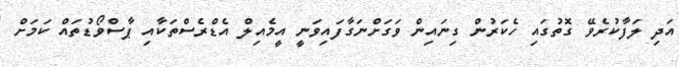
އަދި ލަފާކުރެވޭ ގޮތުގައި ހެކަރުން ގިނައިން ވަގަށްނަގާފައިވަނީ އީމެއިލް އެޑްރެސްތަކާއި ޕާސްވޯޑުތައް ކަމަށް